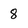
Character: 8